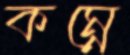
কম্নে